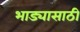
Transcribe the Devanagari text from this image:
भाड्यासाठी